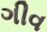
ગીવ